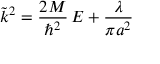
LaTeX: \tilde { k } ^ { 2 } = \frac { 2 M } { \hbar ^ { 2 } } \, E + \frac { \lambda } { \pi a ^ { 2 } } \;